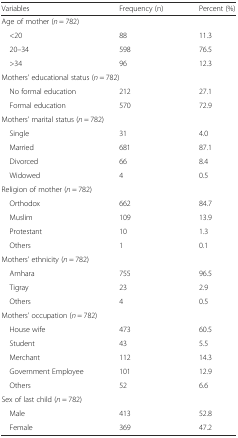
<table><thead><tr><td><b>Variables</b></td><td><b>Frequency (n)</b></td><td><b>Percent (%)</b></td></tr></thead><tbody><tr><td colspan="3">Age of mother (<i>n</i> = 782)</td></tr><tr><td> &lt;20</td><td>88</td><td>11.3</td></tr><tr><td> 20–34</td><td>598</td><td>76.5</td></tr><tr><td> &gt;34</td><td>96</td><td>12.3</td></tr><tr><td colspan="3">Mothers’ educational status (<i>n</i> = 782)</td></tr><tr><td> No formal education</td><td>212</td><td>27.1</td></tr><tr><td> Formal education</td><td>570</td><td>72.9</td></tr><tr><td colspan="3">Mothers’ marital status (<i>n</i> = 782)</td></tr><tr><td> Single</td><td>31</td><td>4.0</td></tr><tr><td> Married</td><td>681</td><td>87.1</td></tr><tr><td> Divorced</td><td>66</td><td>8.4</td></tr><tr><td> Widowed</td><td>4</td><td>0.5</td></tr><tr><td colspan="3">Religion of mother (<i>n</i> = 782)</td></tr><tr><td> Orthodox</td><td>662</td><td>84.7</td></tr><tr><td> Muslim</td><td>109</td><td>13.9</td></tr><tr><td> Protestant</td><td>10</td><td>1.3</td></tr><tr><td> Others</td><td>1</td><td>0.1</td></tr><tr><td colspan="3">Mothers’ ethnicity (<i>n</i> = 782)</td></tr><tr><td> Amhara</td><td>755</td><td>96.5</td></tr><tr><td> Tigray</td><td>23</td><td>2.9</td></tr><tr><td> Others</td><td>4</td><td>0.5</td></tr><tr><td colspan="3">Mothers’ occupation (<i>n</i> = 782)</td></tr><tr><td> House wife</td><td>473</td><td>60.5</td></tr><tr><td> Student</td><td>43</td><td>5.5</td></tr><tr><td> Merchant</td><td>112</td><td>14.3</td></tr><tr><td> Government Employee</td><td>101</td><td>12.9</td></tr><tr><td> Others</td><td>52</td><td>6.6</td></tr><tr><td colspan="3">Sex of last child (<i>n</i> = 782)</td></tr><tr><td> Male</td><td>413</td><td>52.8</td></tr><tr><td> Female</td><td>369</td><td>47.2</td></tr></tbody></table>